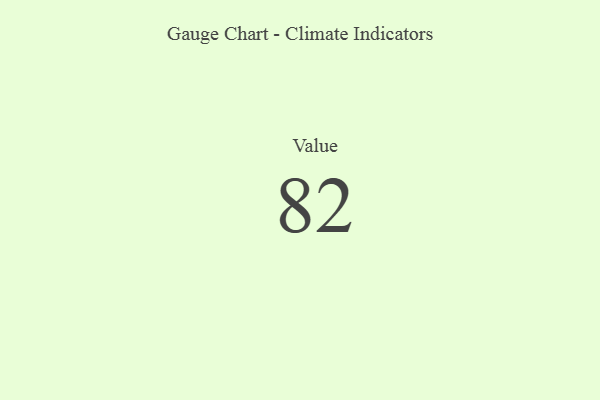
{"axis": {"x": "Metric", "y": "Value"}, "legend": [""], "data": [{"x": "Value", "y": 82, "type": ""}]}